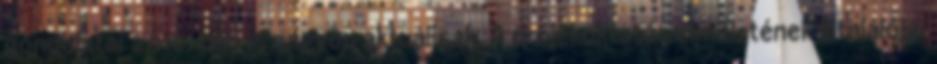
gondolatai 2012-ben is nagyon aktuálisak. A projekoktatás elméletének kitalálója.